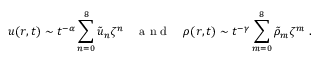
u ( r , t ) \sim t ^ { - \alpha } \sum _ { n = 0 } ^ { 8 } \Tilde { u } _ { n } \zeta ^ { n } \quad \mathrm { ~ a ~ n ~ d ~ } \quad \rho ( r , t ) \sim t ^ { - \gamma } \sum _ { m = 0 } ^ { 8 } \Tilde { \rho } _ { m } \zeta ^ { m } \ .